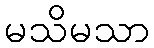
မသိမသာ